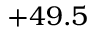
+ 4 9 . 5